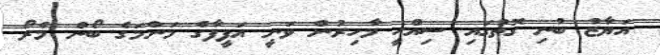
އަޔާޒު ބުނި ގޮތުގައި ސިއްހީ މާހިރުން ވަނީ އަފީފާގެ މަންމަގެ ބޯން މެރޯ